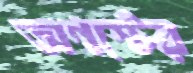
অগস্টের